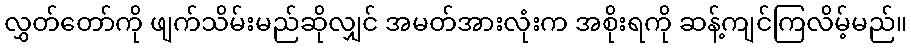
လွှတ်တော်ကို ဖျက်သိမ်းမည်ဆိုလျှင် အမတ်အားလုံးက အစိုးရကို ဆန့်ကျင်ကြလိမ့်မည်။